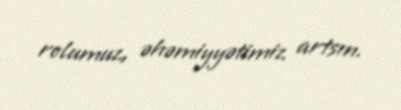
rolumuz, əhəmiyyətimiz artsın.